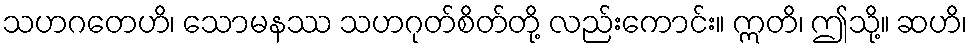
သဟဂတေဟိ၊ သောမနဿ သဟဂုတ်စိတ်တို့ လည်းကောင်း။ ဣတိ၊ ဤသို့။ ဆဟိ၊